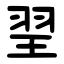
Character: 䍿